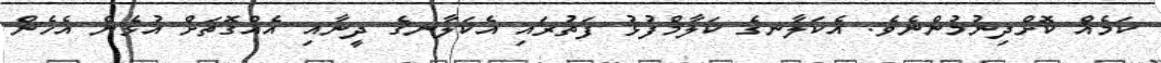
ކަމެއް ކޮށްދިނުމުންނެވެ. އެކަލާނގެ ކަލާމްފުޅު ފަތުރައި އެކަލާނގެ ދީނާއި އެއްގޮތަށް އުޅެން އެހެން